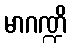
မာဂဏ္ဍိ